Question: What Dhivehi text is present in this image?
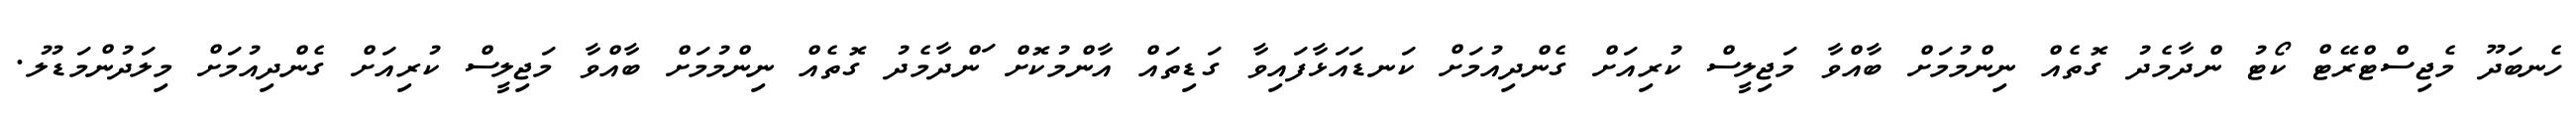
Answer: ހެނބަދޫ މެޖިސްޓްރޭޓް ކޯޓު ންދާމެދު ގޮތެއް ނިންމުމަށް ބާއްވާ މަޖިލީސް ކުރިއަށް ގެންދިއުމަށް ކަނޑައަޅާފައިވާ ގަޑިތައް އާންމުކޮށް ަންދާމެދު ގޮތެއް ނިންމުމަށް ބާއްވާ މަޖިލީސް ކުރިއަށް ގެންދިއުމަށް މިލަދުންމަޑުލު.